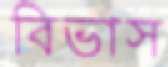
বিভাস